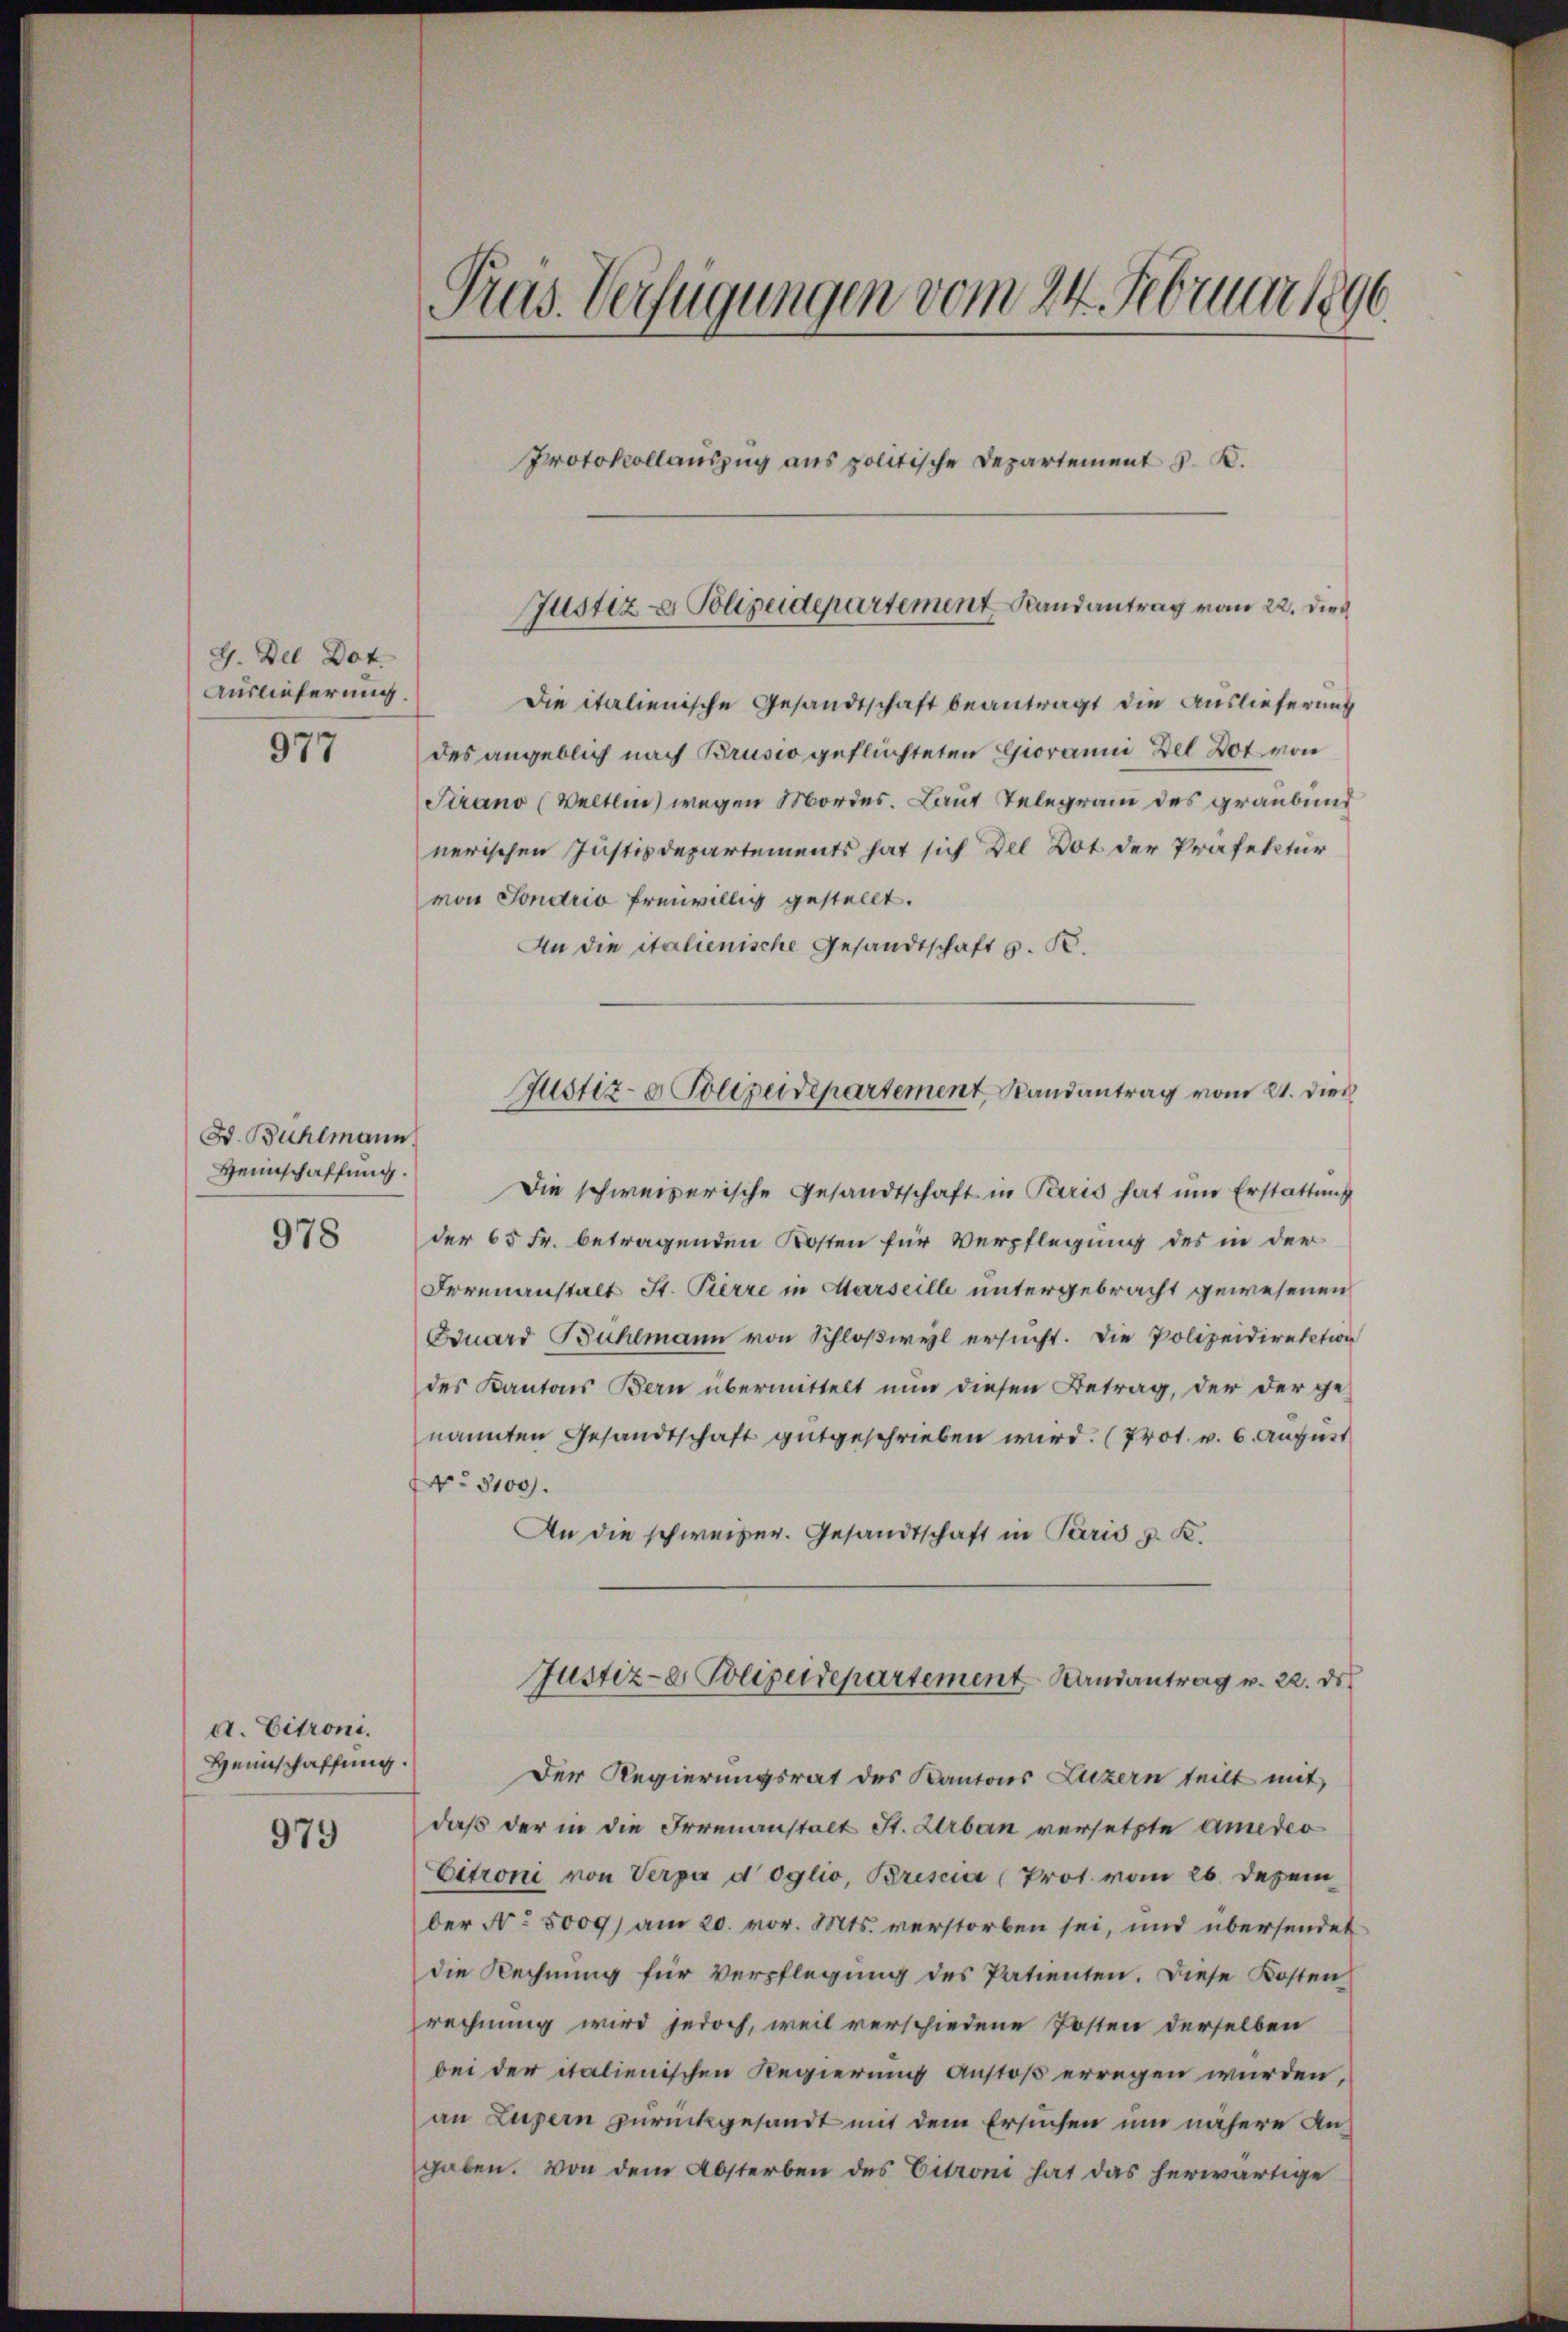
G. Del Dot
Auslieferung.
977

D. Bühlmann
Weinschaffung.
978

d. Citroni.
Heimschaffung.

979

Pras Verfügungen vom 24. Februar 1890
Protokollauszug aus politische Departement S. K.

Justiz- & Polizeidepartement Randantrag vom 22. dies

Die italienische Gesandtschaft beantragt die Auslieferung
des angeblich nach Brusio geflüchteten Gioranni Del Dot von
Strano (Weltlin wegen Mordes. Laut Telegram des graubund
nerischen Justizdepartements hat sich Del Dot der Präfektur
von Sondrio freiwillig gestellt.
An die italienische Gesandtschaft z. R.
Die schweizerische Gesandtschaft in Paris hat um Erstattung
der 65 Fr. betragenden Kosten für Verpflegung des in der
Forenanstalt St. Pierre in Marseille untergebracht gewesenen
Eduard Bühlmann von Schloßweil ersucht. Die Polizeidirektion
des Kantons Bern übermittelt nun diesen Betrag, der der ge-
nannten Gesandtschaft gutgeschrieben wird. (Prot. v. 6. August
 3100.
An die schweizer. Gesandtschaft in Paris z. K.
Justiz-er Polizeidepartement Landantrag v. 22. de
Der Regierungsrat des Kantons Luzern teilt mit
daß der in die Irrenanstalt St. Urban versetzte Amedio
Citroni von Verpa doglio, Brescia (Prot. vom 26. Dezem
ber No. 5009) am 20. vor. Mts. verstorben sei, und übersendet
die Rechnung für Verpflegung des Patienten. Diese Kosten
rechnung wird jedoch, weil verschiedene Posten derselben
bei der italienischen Regierung anstoß erregen wurden,
an Luzern zurückgesandt mit dem Ersuchen um nähere Angaben. Von dem Absterben des Citroni hat das herwärtige

Justiz- & Polizeidepartement Randantrag vom 21. Dies